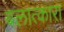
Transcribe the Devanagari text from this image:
बलात्कारा